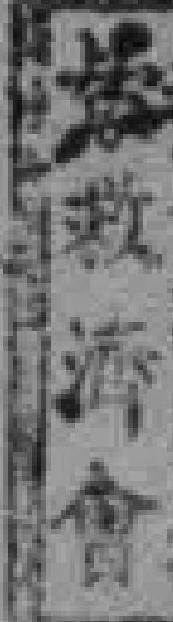
*救*會